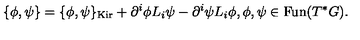
\{ \phi , \psi \} = \{ \phi , \psi \} _ { \mathrm { K i r } } + \partial ^ { i } \phi L _ { i } \psi - \partial ^ { i } \psi L _ { i } \phi , \phi , \psi \in \mathrm { F u n } ( T ^ { * } G ) .